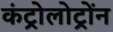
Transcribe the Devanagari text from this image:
कंट्रोलोट्रोंन